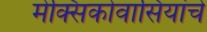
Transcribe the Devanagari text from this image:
मेक्सिकोवासियांचे